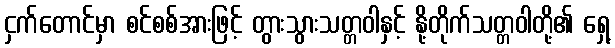
ငှက်တောင်မှာ စင်စစ်အားဖြင့် တွားသွားသတ္တဝါနှင့် နို့တိုက်သတ္တဝါတို့၏ ရှေ့